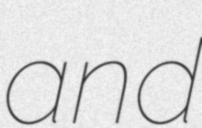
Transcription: and